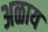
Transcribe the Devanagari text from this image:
अळाय